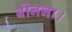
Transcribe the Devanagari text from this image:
बीनना।